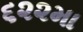
૬૨૨મા